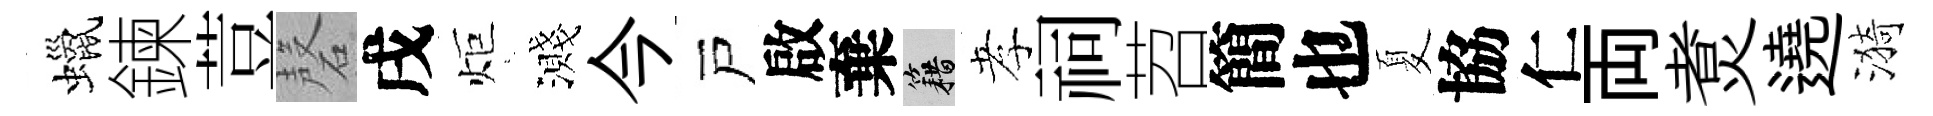
蠟鍊荳磬戌炬濺今戸啟棄籍孝祠苕簡也夏協仁両煑遶漪